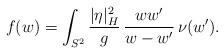
LaTeX: \begin{align*} f(w)=\int_{S^2}\frac{|\eta|_H^2}g\,\frac{ww'}{w-w'}\,\nu(w').\end{align*}